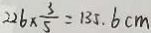
2 2 6 \times \frac { 3 } { 5 } = 1 3 5 . 6 c m